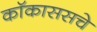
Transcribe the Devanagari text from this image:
कॉकाससचे